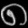
Digit: ၈